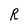
Character: R